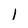
Character: 1